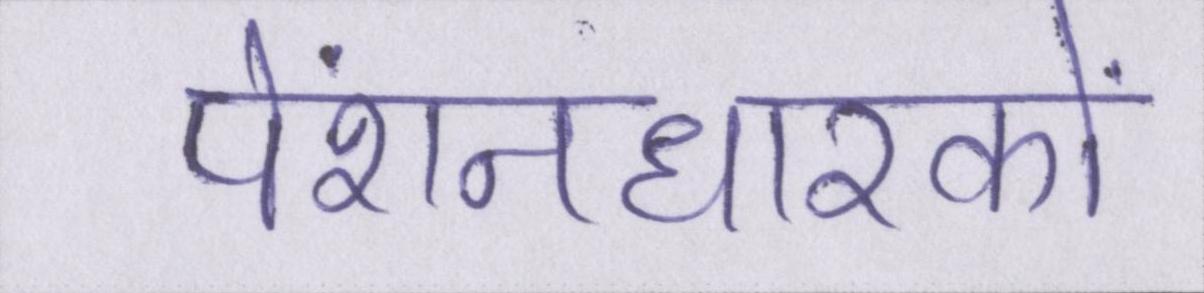
पेंशनधारकों